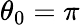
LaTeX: \theta_{0}=\pi